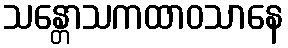
သန္တောသကထာဝသာနေ